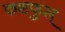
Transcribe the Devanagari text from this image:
कशफुल्